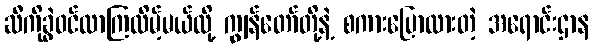
ဆီကိုခွဲဝင်လာကြလိမ့်မယ်လို့ ကျွန်တော်တို့နဲ့ စကားပြောထားတဲ့ အရောင်းဌာန